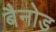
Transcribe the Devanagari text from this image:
बैनोड